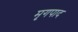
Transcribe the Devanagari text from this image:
मृगपाद